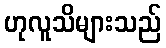
ဟုလူသိများသည်